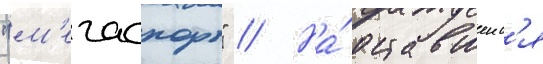
"м'егаспорт" // На́ оставшеис'я